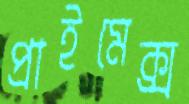
প্রাইমেক্স